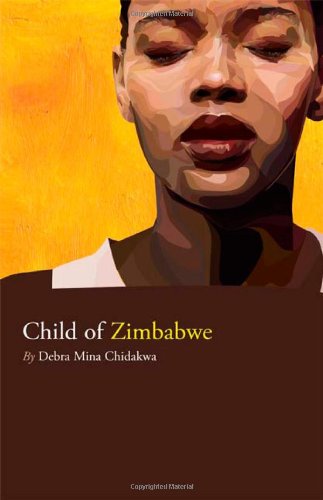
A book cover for Child of Zimbabwe; Debra Chidakwa; History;